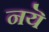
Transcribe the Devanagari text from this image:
नयॆ